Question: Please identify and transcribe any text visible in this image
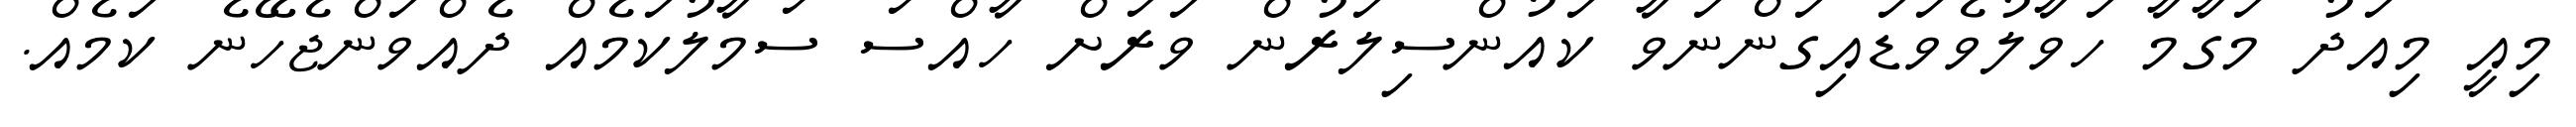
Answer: މިއީ މިއަދު މަގާމާ ހަވާލުވެވަޑައިގަންނަވާ ކައުންސިލަރުން ވަރަށް ހާއްސަ ސަމާލުކަމެއް ދެއްވަންޖެހޭނެ ކަމެއް.